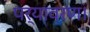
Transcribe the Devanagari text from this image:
पर्यावरण।